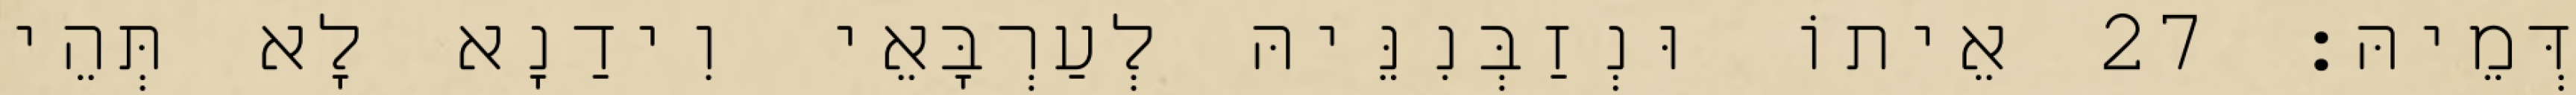
דְּמֵיהּ׃ 27 אֵיתוֹ וּנְזַבְּנִנֵּיהּ לְעַרְבָּאֵי וִידַנָא לָא תְּהֵי